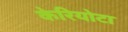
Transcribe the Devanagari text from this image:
केरियोटा